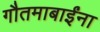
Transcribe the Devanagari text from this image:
गौतमाबाईंना